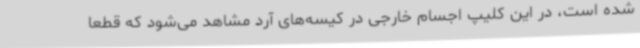
شده است، در این کلیپ اجسام خارجی در کیسه‌های آرد مشاهد می‌شود که قطعا